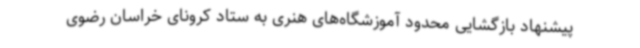
پیشنهاد بازگشایی محدود آموزشگاه‌های هنری به ستاد کرونای خراسان رضوی